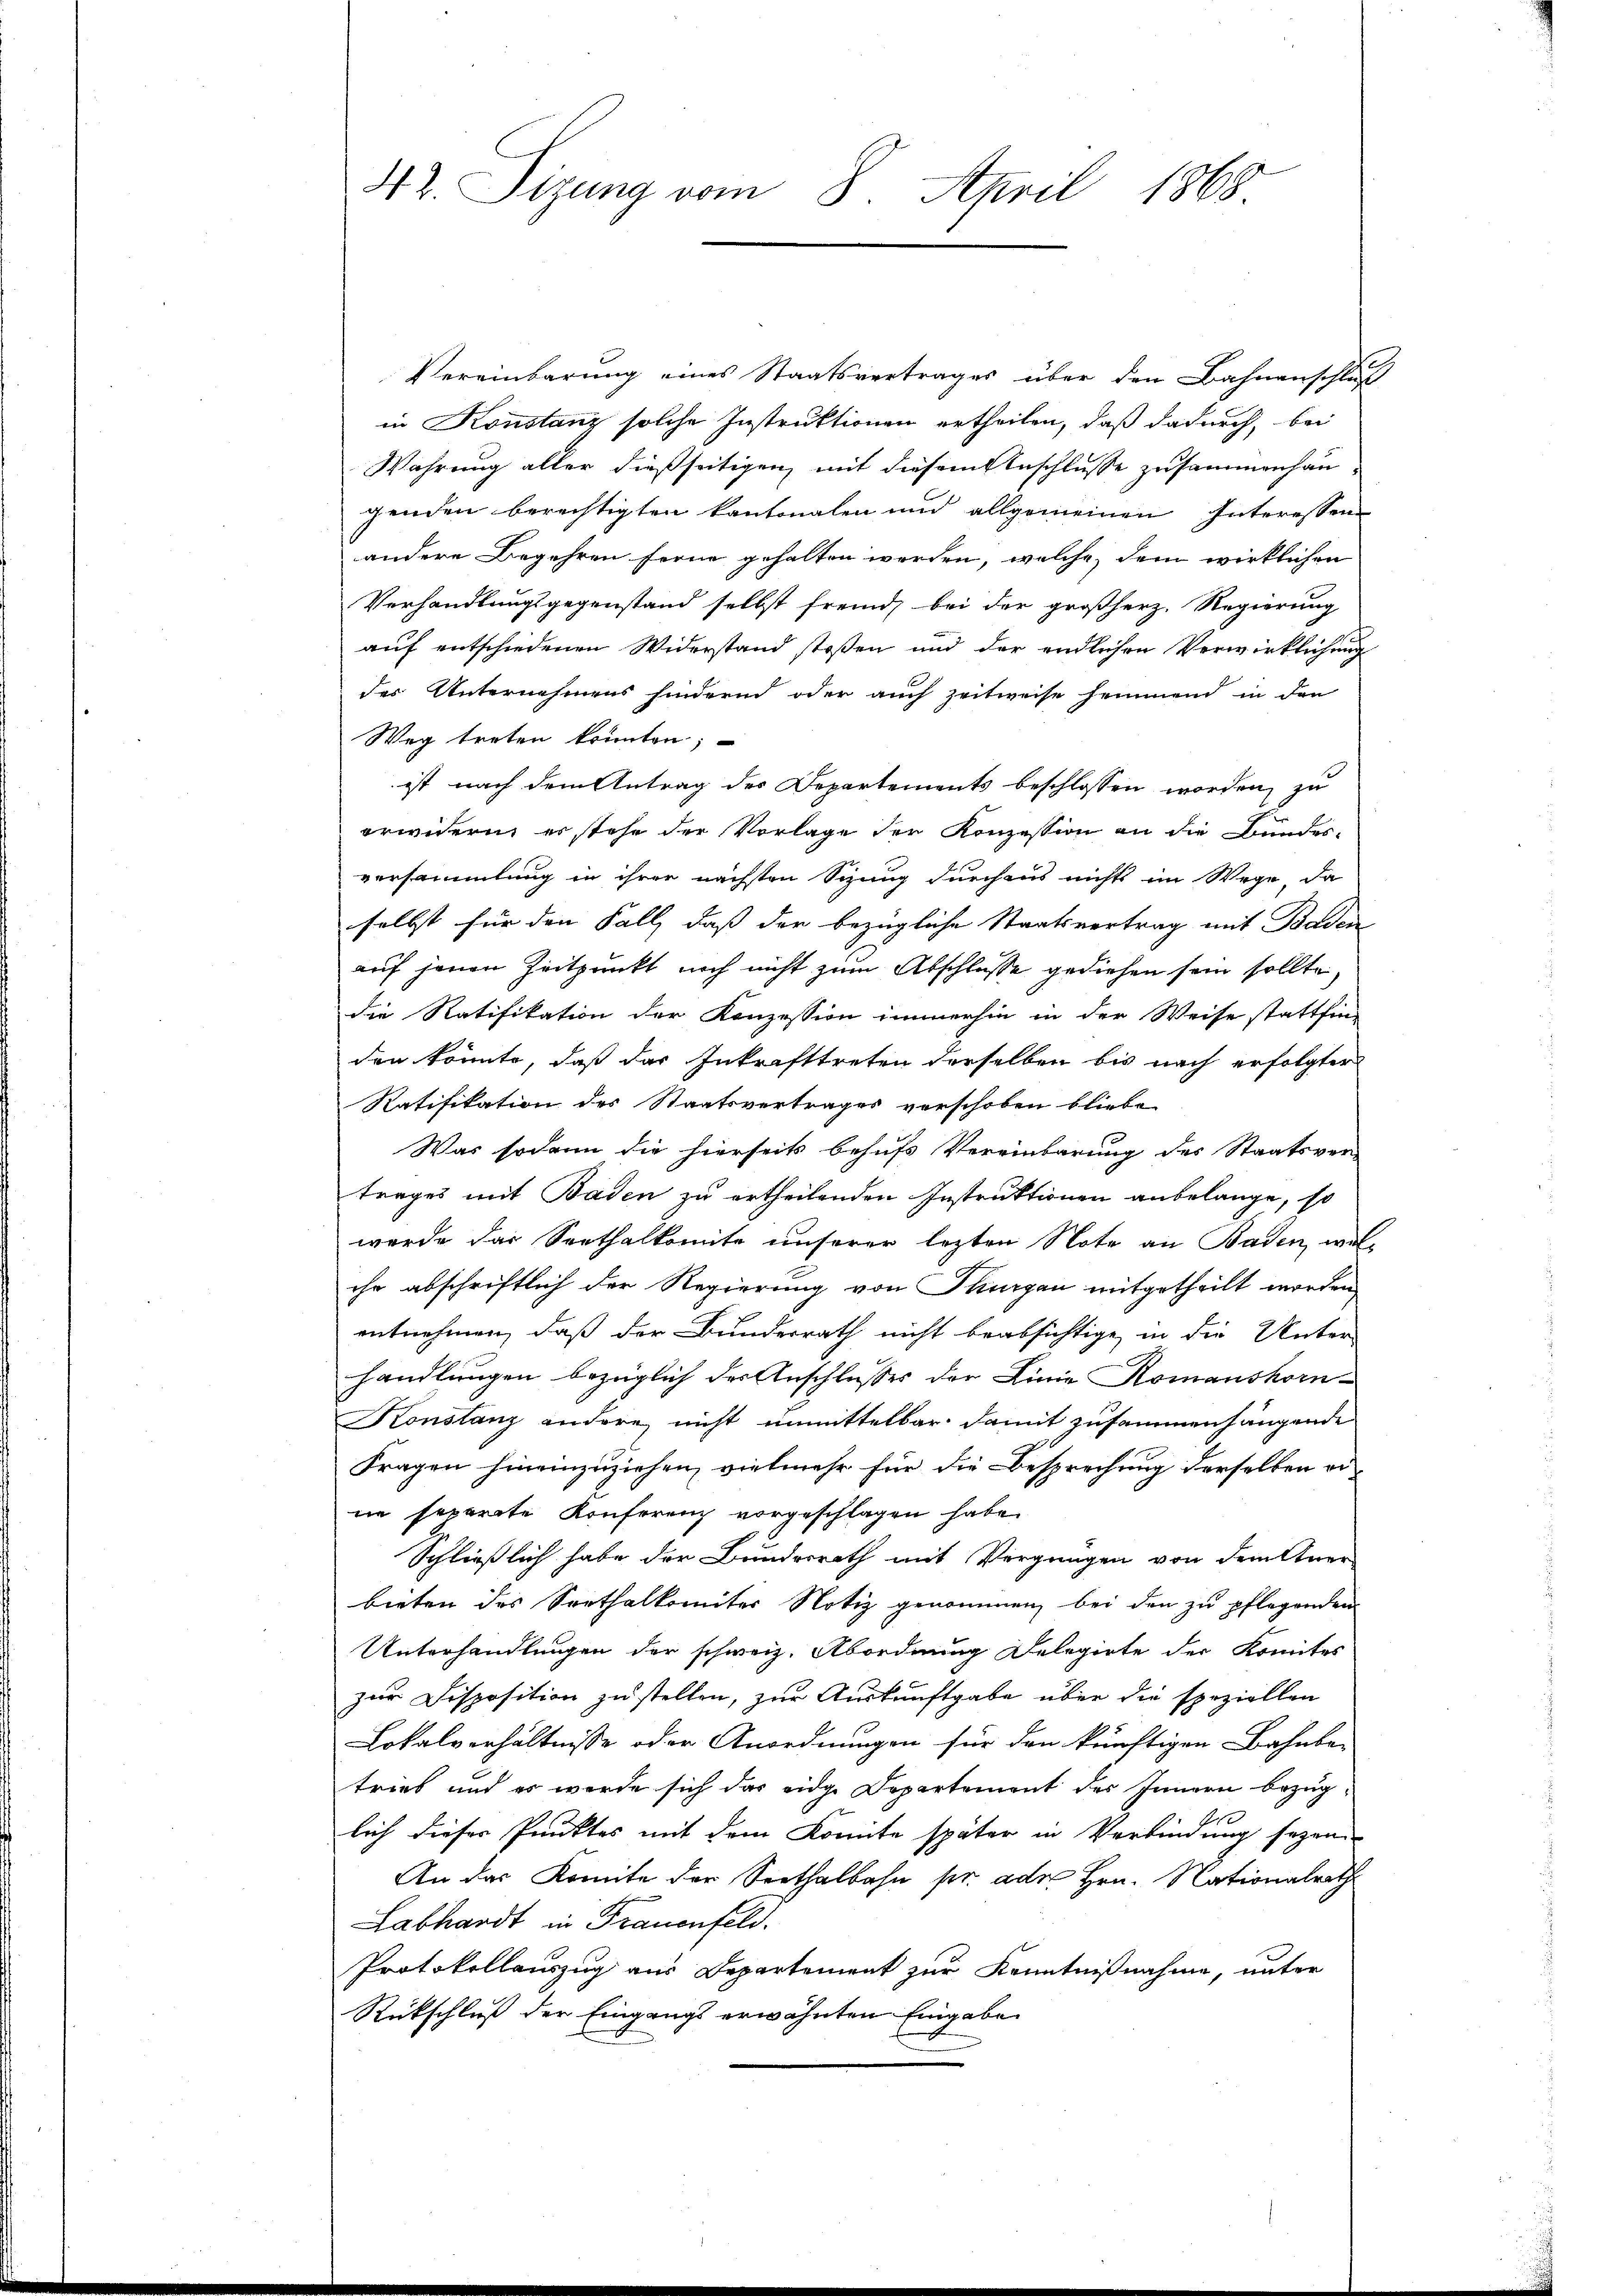
42. Sizung vom 8. April 1868

Vereinbarung eines Staatsvertrages über den Bahnanschluß
in Konstanz solche Instruktionen ertheilen, daß dadurch, bei
Wahrung aller dießseitigen, mit diesem Anschlusse zusammenhaugenden berechtigten Kantonalen und allgemeinen Interessen
andere Begehren ferne gehalten werden, welche, dem wirklichen
Verhandlungsgegenstand selbst fremd, bei der großherz. Regierung
auf entschiedenen Widerstand stoßen und der endlichen Verwirklichung
des Unternehmens hindern oder auch zeitweise heimend in den
Weg treten könnten;
ist nach dem Antrag des Departements beschlossen worden, zu
erwidern es stehe der Vorlage der Konzession an die Bundesversammlung in ihrer nächsten Sizung durchaus nichts im Wege da
selbst für den Fall, dass der bezügliche Staatsvertrag mit Baden
auf jenen Zeitpunkt noch nicht zum Abschlusse gediehen sein sollte,
die Ratifikation der Konzession immerhin in der Weise stattfin-
den könnte, daß das Inkrafttreten derselben bis nach erfolgter
Ratifikation des Staatsvertrages verschoben bliebe
Was sodann die hierseits behufs Vereinbarung des Staatsver-
trages mit Baden zu ertheilenden Instruktionen anbelange, so
werde der Seethalkomite unserer lezten Note an Baden, wel-
ihr abschriftlich der Regierung von Thurgau mitgetheilt worden,
entnehmen, daß der Bundesrath nicht beabsichtige, in die Unter-
handlungen bezüglich der Anschlusses der Linie Romanshorn¬
Konstanz andere nicht unmittelbar damit zusammenhängende
Fragen hineinzuziehen, vielmehr für die Besprechung derselben ei-
die separte Konferenz vorgeschlagen habe.
Schließlich habe der Bundesrath mit Vergangen von dem Aner
bieten des Sorthalkomiter Notiz genommen, bei den zu pflegenden
Unterhandlungen der schweiz. Abordnung Delegirte der Komites
zur Disposition zu stellen, zur Auskunftgabe über die speziellen
Lokalverhältnisse oder Anordnungen für den künftigen Bahnbe-
trieb und es werde sich das eidge Departement des Innern bezuglich dieser Punktes mit dem Konnte später in Verbindung sezeni
An das Komite der Seethalbahn pr. ader Hrn. Nationalrath
Labhardt in Frauenfeld.
Protokollauszug aus Departement zur Kenntnißnahme, unter
Rückschluß der Eingangs erwähnten Eingabe